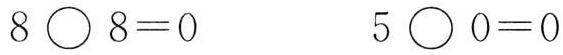
$$8 \circ 8 = 0$$ $$5 \circ 0 = 0$$